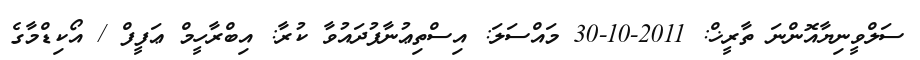
ސަލްވީނިޔާއޮންނަ ތާރީޚް: 2011-10-30 މައްސަލަ: އިސްތިޢުނާފުދައުވާ ކުރާ: އިބްރާހީމް ޢަފީފް / އޯކިޑްމާގެ